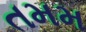
તમમ